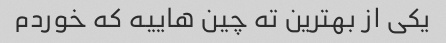
یکی از بهترین ته چین هاییه که خوردم